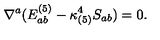
\nabla ^ { a } ( E _ { a b } ^ { ( 5 ) } - \kappa _ { ( 5 ) } ^ { 4 } S _ { a b } ) = 0 .